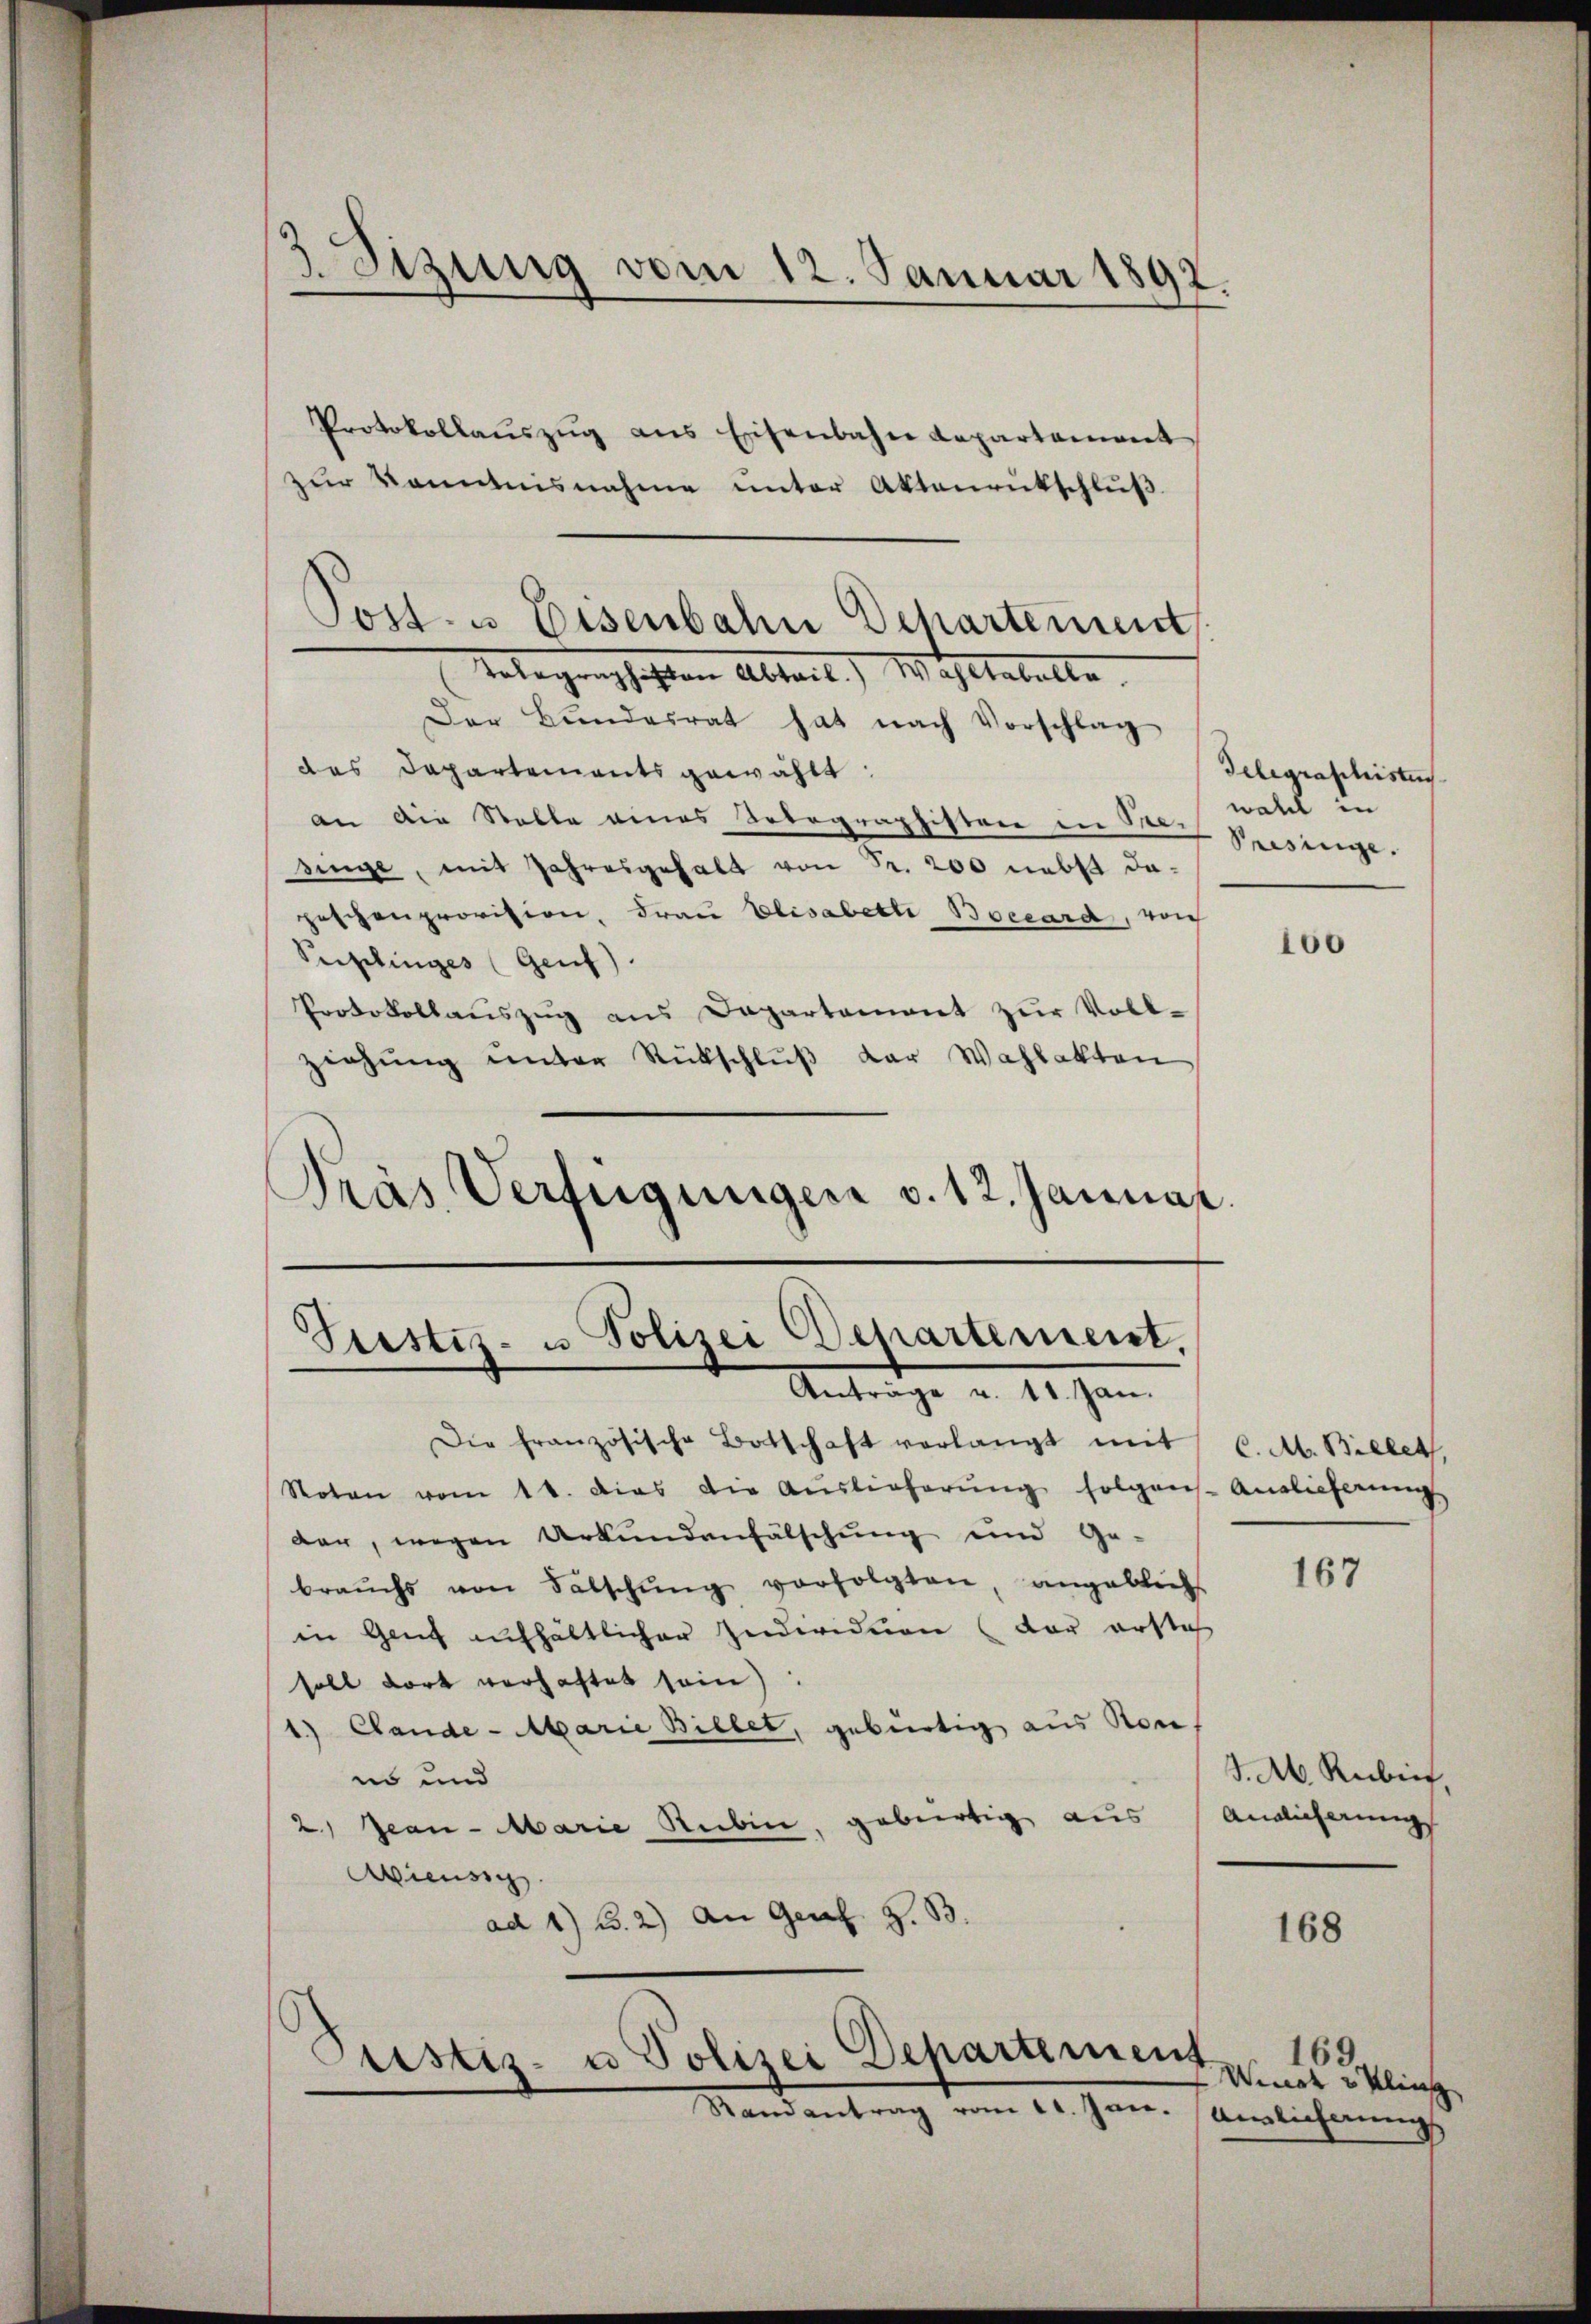
3.Sizung vom 12. Januar 1892.

Protokollaŭszŭg ans Eisenbahn Lapartament
zŭr Kenntnisnahme unter Aktenrütschlŭβ
Der Bundesrat hat nach Vorschlag
das Departements gewählt.
an die Stelle eines Notographistere in Bruch Besinge.
singe, mit Jahresgehalt von Fr. 200 nebst dapeschenprovision, Frau Elisabette Boecard, von
Peiplinges (Genf).
Protokollauszug aus Departement zur Vollziehung unter Rückschlŭβ der Wahlakten
Präs. Verfügungen v. 12. Januar

Post- u Eisenbahn Departement
Telegenschaften Abteil) Wahlbehalte

Pustiz- u Polizei Departement.
Anträge v. 11. Jan.

Die französische Botschaft verlangt mit C. M. Billet,
Roten vom 11. dies die Auslieferŭng folgen. Anglicherŭng
dar, wegen Urkundenfälschung und Ge-
braŭchs von Fälschŭng vorfolgten, angeblicht
in Genf aufhältlicher Individuen (der ersteh
soll dort verhaftet sein)
1) Gande-Marie Billet, gebürtig aus Kon
no und
2) Jean - Marie Rubin, gebiertig aus Anglicherungs
iussch
ad 1) B.2) An Genf z. B.

Justiz- u Polizei Departement
Randantrag vom 11. Jan. Verlichnung

Telegraphisten
wahl in

100

167

J. A. Rubris.

168

169.
Winet 3 Kling